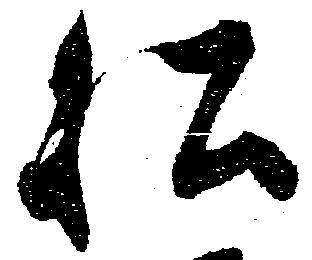
私